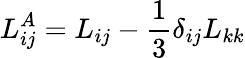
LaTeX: L_{ij}^{A}={L_{ij}}-\frac{1}{3}{\delta_{ij}}{L_{kk}}